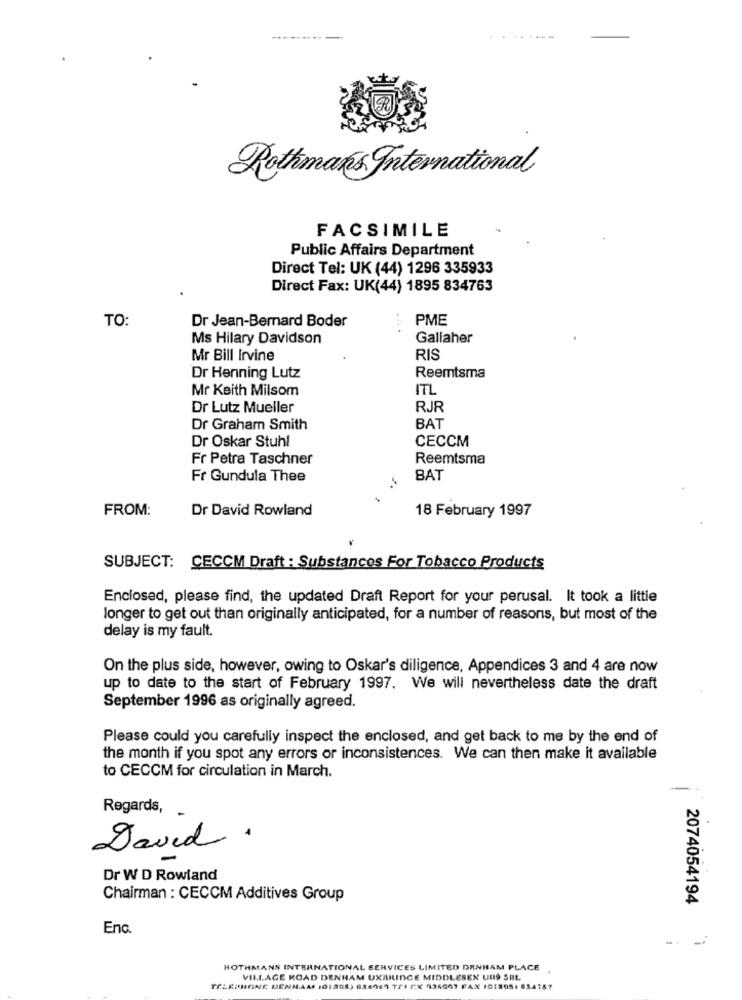
Rothmaks International
FACSIMILE
Public Affairs Department
Direct Tel: UK (44) 1296 335933
Direct Fax: UK(44) 1895 834763
TO:
PME
Dr Jean-Bernard Boder
Ms Hilary Davidson
Gallaher
Mr Bill Irvine
RIS
Reemtsma
Dr Henning Lutz
Mr Keith Milsom
ITL
Dr Lutz Mueller
RJR
Dr Graham Smith
BAT
Dr Oskar Stuhl
CECCM
Fr Petra Taschner
Reemtsma
Fr Gundula Thee
BAT
FROM:
Dr David Rowland
18 February 1997
SUBJECT: CECCM Draft : Substances For Tobacco Products
Enclosed, please find, the updated Draft Report for your perusal. It took a little
longer to get out than originally anticipated, for a number of reasons, but most of the
delay is my fault.
On the plus side, however, owing to Oskar's diligence, Appendices 3 and 4 are now
up to date to the start of February 1997. We will nevertheless date the draft
September 1996 as originally agreed.
Please could you carefully inspect the enclosed, and get back to me by the end of
the month if you spot any errors or inconsistences. We can then make it available
to CECCM for circulation in March.
Regards,
David.
Dr W D Rowland
Chairman : CECCM Additives Group
2074054194
Enc.
ROTHMANS INTERNATIONAL SERVICES LIMITED DRINHAM PLACE
VILLAGE ROAD DENHAM UXBRIDGE MIDDLESEX UDS SEL
TELEPHONE DENNAM 101806) 836969 TRI PX 934007 FAX 1018051 634187